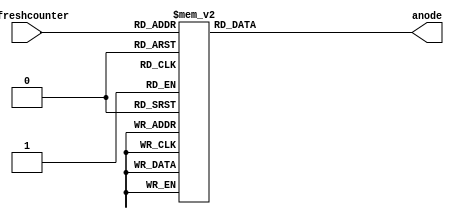
`timescale 1ns / 1ps
//////////////////////////////////////////////////////////////////////////////////
// Company: 
// Engineer: 
// 
// Design Name: 
// Module Name: anode_control
// Project Name: 
// Target Devices: 
// Tool Versions: 
// Description: 
// 
// Dependencies: 
// 
// Revision:
// Revision 0.01 - File Created
// Additional Comments:
// 
//////////////////////////////////////////////////////////////////////////////////


module anode_control(
input [2:0] refreshcounter,
output reg [7:0] anode = 0
    );
    
always@(refreshcounter)
begin
    case(refreshcounter)
   3'b000: anode = 8'b11111110;//digit 1
   3'b001: anode = 8'b11111101;//digit 2
   3'b010: anode = 8'b11111011;//digit 3
   3'b011: anode = 8'b11110111;//digit 4
   3'b100: anode = 8'b11101111;//digit 5
   3'b101: anode = 8'b11011111;//digit 6
   3'b110: anode = 8'b10111111;//digit 7
   3'b111: anode = 8'b01111111;//digit 8
    endcase
end
endmodule